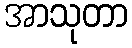
အာသုတာ